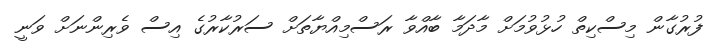
ފުރުގާން މިސްކިތް ހުޅުވުމަށް މާދަމާ ބާއްވާ ރަސްމިއްޔާތަށް ސަރުކާރުގެ އިސް ވެރިންނަށް ވަނީ